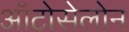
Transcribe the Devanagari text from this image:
ऑटोसेलोन